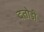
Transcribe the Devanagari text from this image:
दतोडी